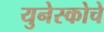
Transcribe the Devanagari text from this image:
युनेस्‍कोचे